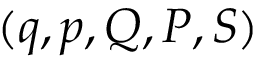
( q , p , Q , P , S )